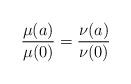
LaTeX: \begin{align*}\frac{\mu(a)}{\mu(0)}=\frac{\nu(a)}{\nu(0)}\end{align*}